Lunatic asylums United Prov. 1922-30 - 1922-1930
Year: 1922
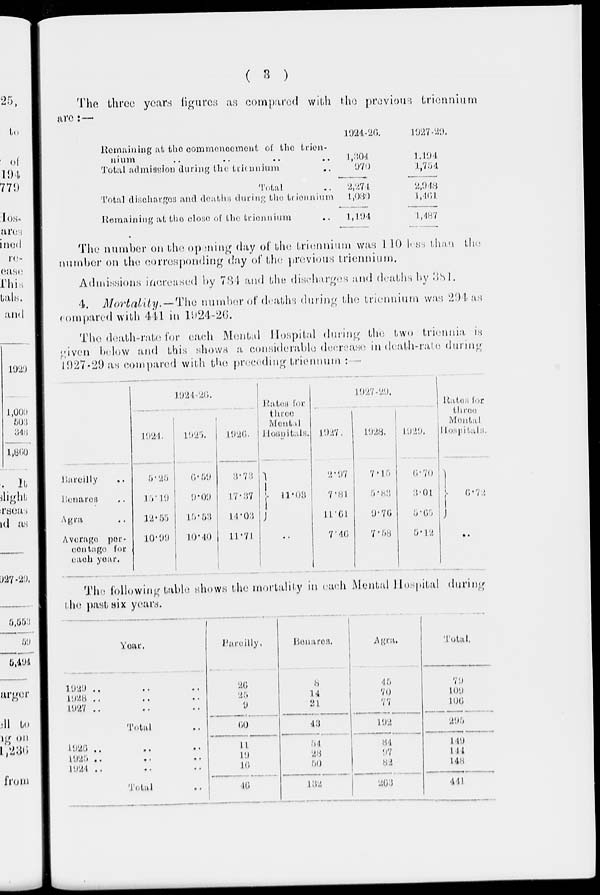
( 3 )
The three years figures as compared with the previous triennium
are: —
Remaining at the commencement of the trien¬
nium .. ..
Total admission during the triennium ..
Total ..
Total discharges and deaths during the triennium
Remaining at the close of the triennium
1924-26
1,304
970
2,274
1,030
1,194
1927-29
1,194
1,754
2,948
1,461
1,487
The number on the opening day of the triennium was 110 less than the
number on the corresponding day of the previous triennium.
Admissions increased by 781 and the discharges and death by 381.
4. Mortality. — The number of deaths during the triennium was 294 as
compared with 441 in 1924-26.
The death-rate for each Mental Hospital during the two triennia is
given below and this shows a considerable decrease in death-rate during
1927-29 as compared with the preceding triennum :—
Bareilly ..
Benares ..
Agra ..
Average per¬
centage for
each year.
1924-26
1924.
5.25
15.19
12.55
10.99
1925
6.59
9.09
15.53
10.40
1926
3.73
17.37
14.03
11.71
Rates for
three
Mental
Hospitals.
11.03
..
1927-29
1927.
2.97
7.81
11.61
7.46
1928
7.15
5.83
9.76
7.58
1929.
6.70
3.01
5.65
5.12
Rates
for
three
Mental
Hospitals.
6.72
..
The following table shows the mortality in each Mental Hospital during
the past six years.
Year.
1929 .. .. ..
1928 .. .. ..
1927 .. .. ..
Total ..
1926.. .. ..
1925.. .. ..
1924 .. .. ..
Total ..
Bareilly.
26
25
9
60
11
19
16
46
Benares.
8
14
21
43
54
28
50
132
Agra.
45
70
77
192
84
97
82
263
Total.
79
109
106
299
149
144
148
441